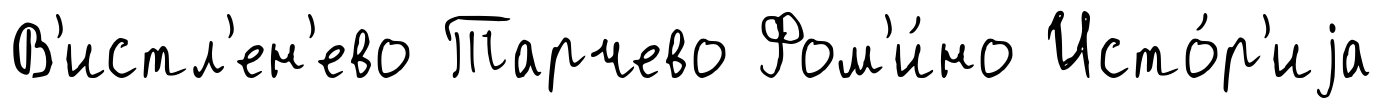
В'истл'ен'ево Тарчево Фом'и́но Исто́р'иjа